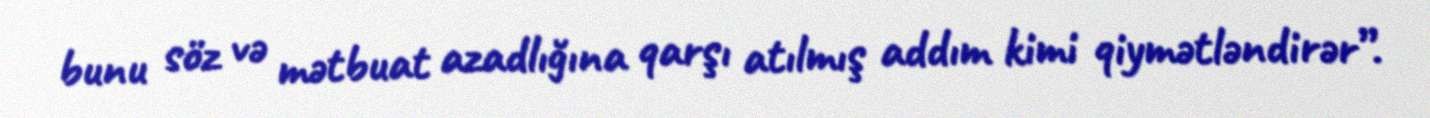
bunu söz və mətbuat azadlığına qarşı atılmış addım kimi qiymətləndirər”.